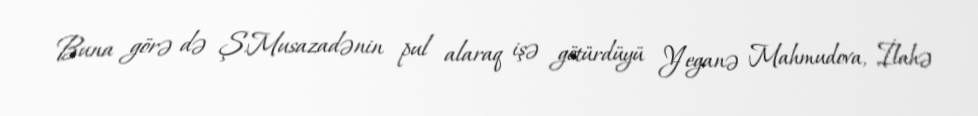
Buna görə də Ş.Musazadənin pul alaraq işə götürdüyü Yeganə Mahmudova, İlahə